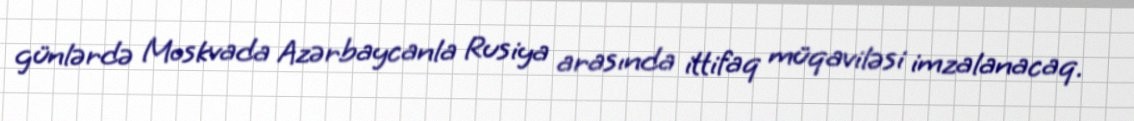
günlərdə Moskvada Azərbaycanla Rusiya arasında ittifaq müqaviləsi imzalanacaq.